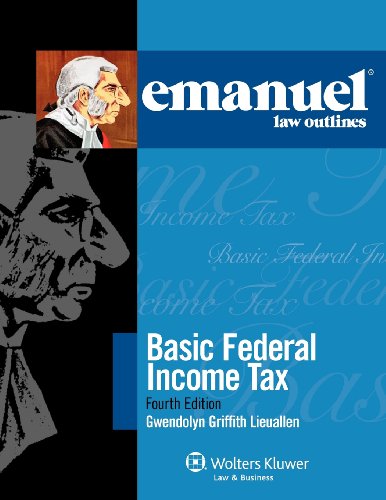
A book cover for Emanuel Law Outlines: Basic Federal Income Tax 2011; Gwendolyn Griffith Lieuallen; Law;